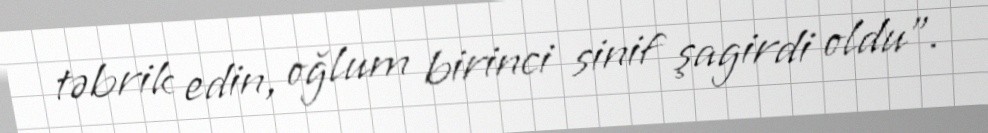
təbrik edin, oğlum birinci sinif şagirdi oldu”.